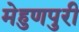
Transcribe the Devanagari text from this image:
मेहुणपुरी